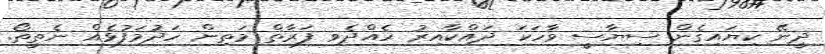
ދީނޭ ކިޔައިގެން ސިޔާސީ ވާހަކަ ދައްކާއިރު ހެއްދެވި ފަރާތް މަތިން ހަދުމަފުޅެއް ނެތީތޯ.